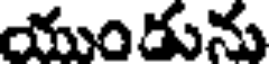
యుండును